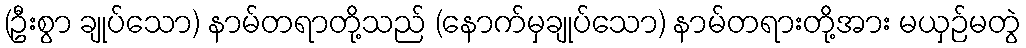
(ဦးစွာ ချုပ်သော) နာမ်တရာတို့သည် (နောက်မှချုပ်သော) နာမ်တရားတို့အား မယှဉ်မတွဲ